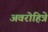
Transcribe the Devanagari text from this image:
अवरोहित्रे